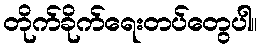
တိုက်ခိုက်ရေးတပ်တွေပါ။